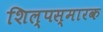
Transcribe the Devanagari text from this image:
शिल्पस्मारक